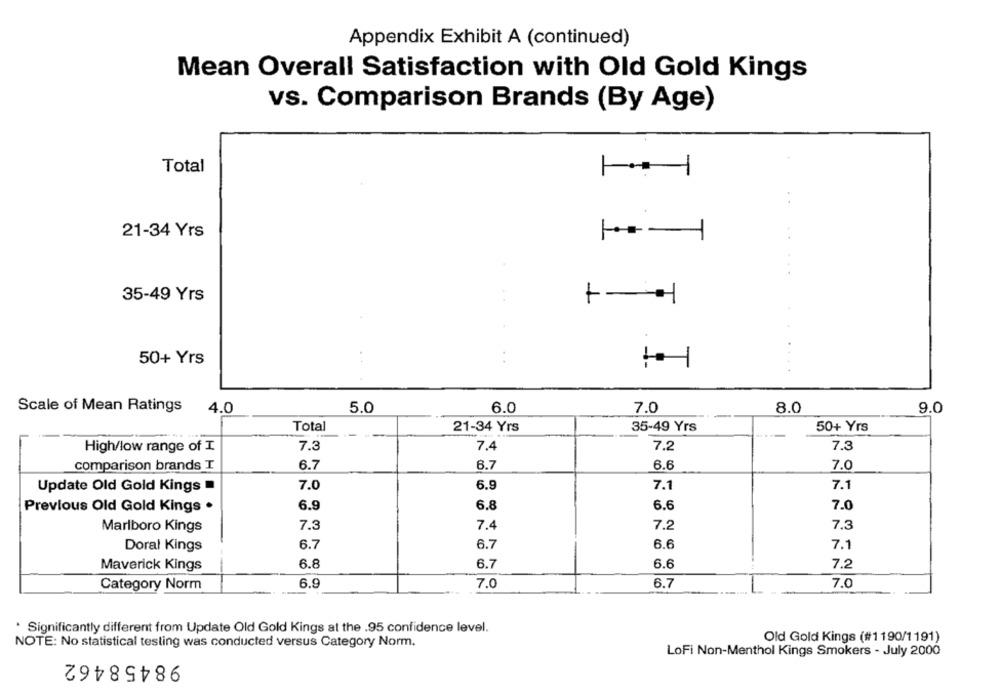
Appendix Exhibit A (continued)
Mean Overall Satisfaction with Old Gold Kings
vs. Comparison Brands (By Age)
Total
21-34 Yrs
...
35-49 Yrs
T
..
50+ Yrs
..
Scale of Mean Ratings
4.0
5.0
6.0
7.0
8.0
9.0
Total
21-34 Yrs
35-49 Yrs
50+ Yrs
High/low range of I
7.3
7.4
7.2
7.3
6.7
6.7
7.0
comparison brands I
6.6
7.0
6.9
7.1
7.1
Update Old Gold Kings
6.9
6.8
6.6
7.0
Previous Old Gold Kings .
Marlboro Kings
7.3
7.4
7.2
7.3
Doral Kings
6.7
6.7
6.6
7.1
Maverick Kings
6.8
6.7
6.6
7.2
6.9
Category Norm
7.0
6.7
7.0
* Significantly different from Update Old Gold Kings at the .95 confidence level.
Old Gold Kings (#1190/1191)
NOTE: No statistical testing was conducted versus Category Norm.
LoFi Non-Menthol Kings Smokers - July 2000
98458462